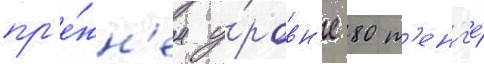
пр'е́жн'ем у́ровн'е 80 т'енг'е́